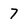
Character: 7